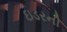
ઇડરની